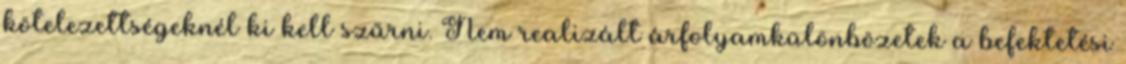
kötelezettségeknél ki kell szűrni. Nem realizált árfolyamkülönbözetek a befektetési